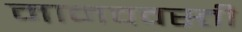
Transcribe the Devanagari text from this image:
मानववस्ती